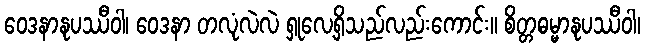
ဝေဒနာနုပဿီဝါ၊ ဝေဒနာ တလုံလဲလဲ ရှုလေ့ရှိသည်လည်းကောင်း။ စိတ္တဓမ္မာနုပဿီဝါ၊